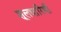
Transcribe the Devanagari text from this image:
शूलधारिणी